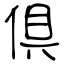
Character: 倶